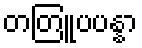
တတြူပပန္နာ